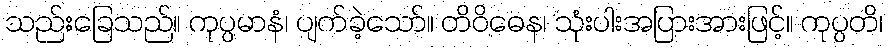
သည်းခြေသည်။ ကုပ္ပမာနံ၊ ပျက်ခဲ့သော်။ တိဝိဓေန၊ သုံးပါးအပြားအားဖြင့်။ ကုပ္ပတိ၊